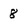
Character: 8